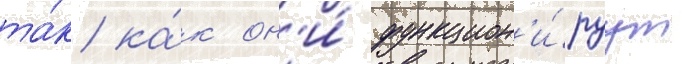
та́к ка́к он'и́ функцион'и́руут